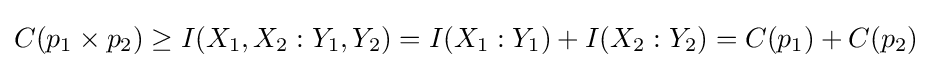
C(p_{1}\times p_{2})\geq I(X_{1},X_{2}:Y_{1},Y_{2})=I(X_{1}:Y_{1})+I(X_{2}:Y_{2})=C(p_{1})+C(p_{2})